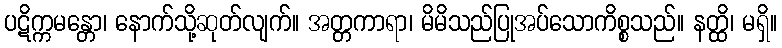
ပဋိက္ကမန္တော၊ နောက်သို့ဆုတ်လျက်။ အတ္တကာရာ၊ မိမိသည်ပြုအပ်သောကိစ္စသည်။ နတ္ထိ၊ မရှိ။